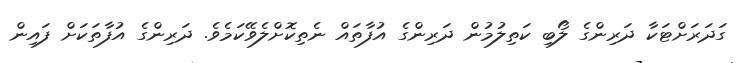
ގަދަރަށްޓަކާ ދަރިންގެ ލޯބި ކަތިލުމުން ދަރިންގެ އުފާތައް ނެތިކޮށްލެވޭކަމެވެ. ދަރިންގެ އުފާތަކަށް ފައިން